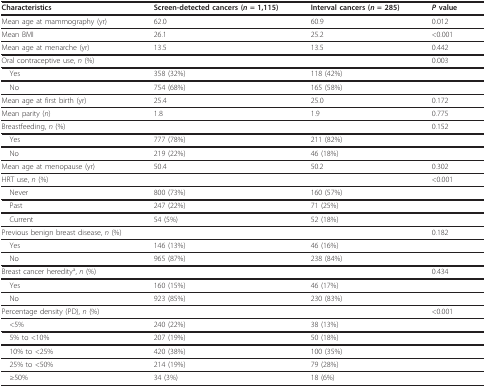
<table><thead><tr><td><b>Characteristics</b></td><td><b>Screen-detected cancers (<i>n </i>= 1,115)</b></td><td><b>Interval cancers (<i>n </i>= 285)</b></td><td><b><i>P </i>value</b></td></tr></thead><tbody><tr><td>Mean age at mammography (yr)</td><td>62.0</td><td>60.9</td><td>0.012</td></tr><tr><td>Mean BMI</td><td>26.1</td><td>25.2</td><td>&lt;0.001</td></tr><tr><td>Mean age at menarche (yr)</td><td>13.5</td><td>13.5</td><td>0.442</td></tr><tr><td>Oral contraceptive use, <i>n </i>(%)</td><td></td><td></td><td>0.003</td></tr><tr><td>Yes</td><td>358 (32%)</td><td>118 (42%)</td><td></td></tr><tr><td>No</td><td>754 (68%)</td><td>165 (58%)</td><td></td></tr><tr><td>Mean age at first birth (yr)</td><td>25.4</td><td>25.0</td><td>0.172</td></tr><tr><td>Mean parity (<i>n</i>)</td><td>1.8</td><td>1.9</td><td>0.775</td></tr><tr><td>Breastfeeding, <i>n </i>(%)</td><td></td><td></td><td>0.152</td></tr><tr><td>Yes</td><td>777 (78%)</td><td>211 (82%)</td><td></td></tr><tr><td>No</td><td>219 (22%)</td><td>46 (18%)</td><td></td></tr><tr><td>Mean age at menopause (yr)</td><td>50.4</td><td>50.2</td><td>0.302</td></tr><tr><td>HRT use, <i>n </i>(%)</td><td></td><td></td><td>&lt;0.001</td></tr><tr><td>Never</td><td>800 (73%)</td><td>160 (57%)</td><td></td></tr><tr><td>Past</td><td>247 (22%)</td><td>71 (25%)</td><td></td></tr><tr><td>Current</td><td>54 (5%)</td><td>52 (18%)</td><td></td></tr><tr><td>Previous benign breast disease, <i>n </i>(%)</td><td></td><td></td><td>0.182</td></tr><tr><td>Yes</td><td>146 (13%)</td><td>46 (16%)</td><td></td></tr><tr><td>No</td><td>965 (87%)</td><td>238 (84%)</td><td></td></tr><tr><td>Breast cancer heredity<sup>a</sup>, <i>n </i>(%)</td><td></td><td></td><td>0.434</td></tr><tr><td>Yes</td><td>160 (15%)</td><td>46 (17%)</td><td></td></tr><tr><td>No</td><td>923 (85%)</td><td>230 (83%)</td><td></td></tr><tr><td>Percentage density (PD), <i>n </i>(%)</td><td></td><td></td><td>&lt;0.001</td></tr><tr><td>&lt;5%</td><td>240 (22%)</td><td>38 (13%)</td><td></td></tr><tr><td>5% to &lt;10%</td><td>207 (19%)</td><td>50 (18%)</td><td></td></tr><tr><td>10% to &lt;25%</td><td>420 (38%)</td><td>100 (35%)</td><td></td></tr><tr><td>25% to &lt;50%</td><td>214 (19%)</td><td>79 (28%)</td><td></td></tr><tr><td>≥50%</td><td>34 (3%)</td><td>18 (6%)</td><td></td></tr></tbody></table>